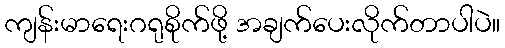
ကျန်းမာရေးဂရုစိုက်ဖို့ အချက်ပေးလိုက်တာပါပဲ။